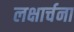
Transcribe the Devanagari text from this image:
लक्षार्चना